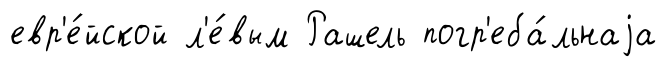
евр'е́йской л'е́вым Рашель погр'еба́льнаjа